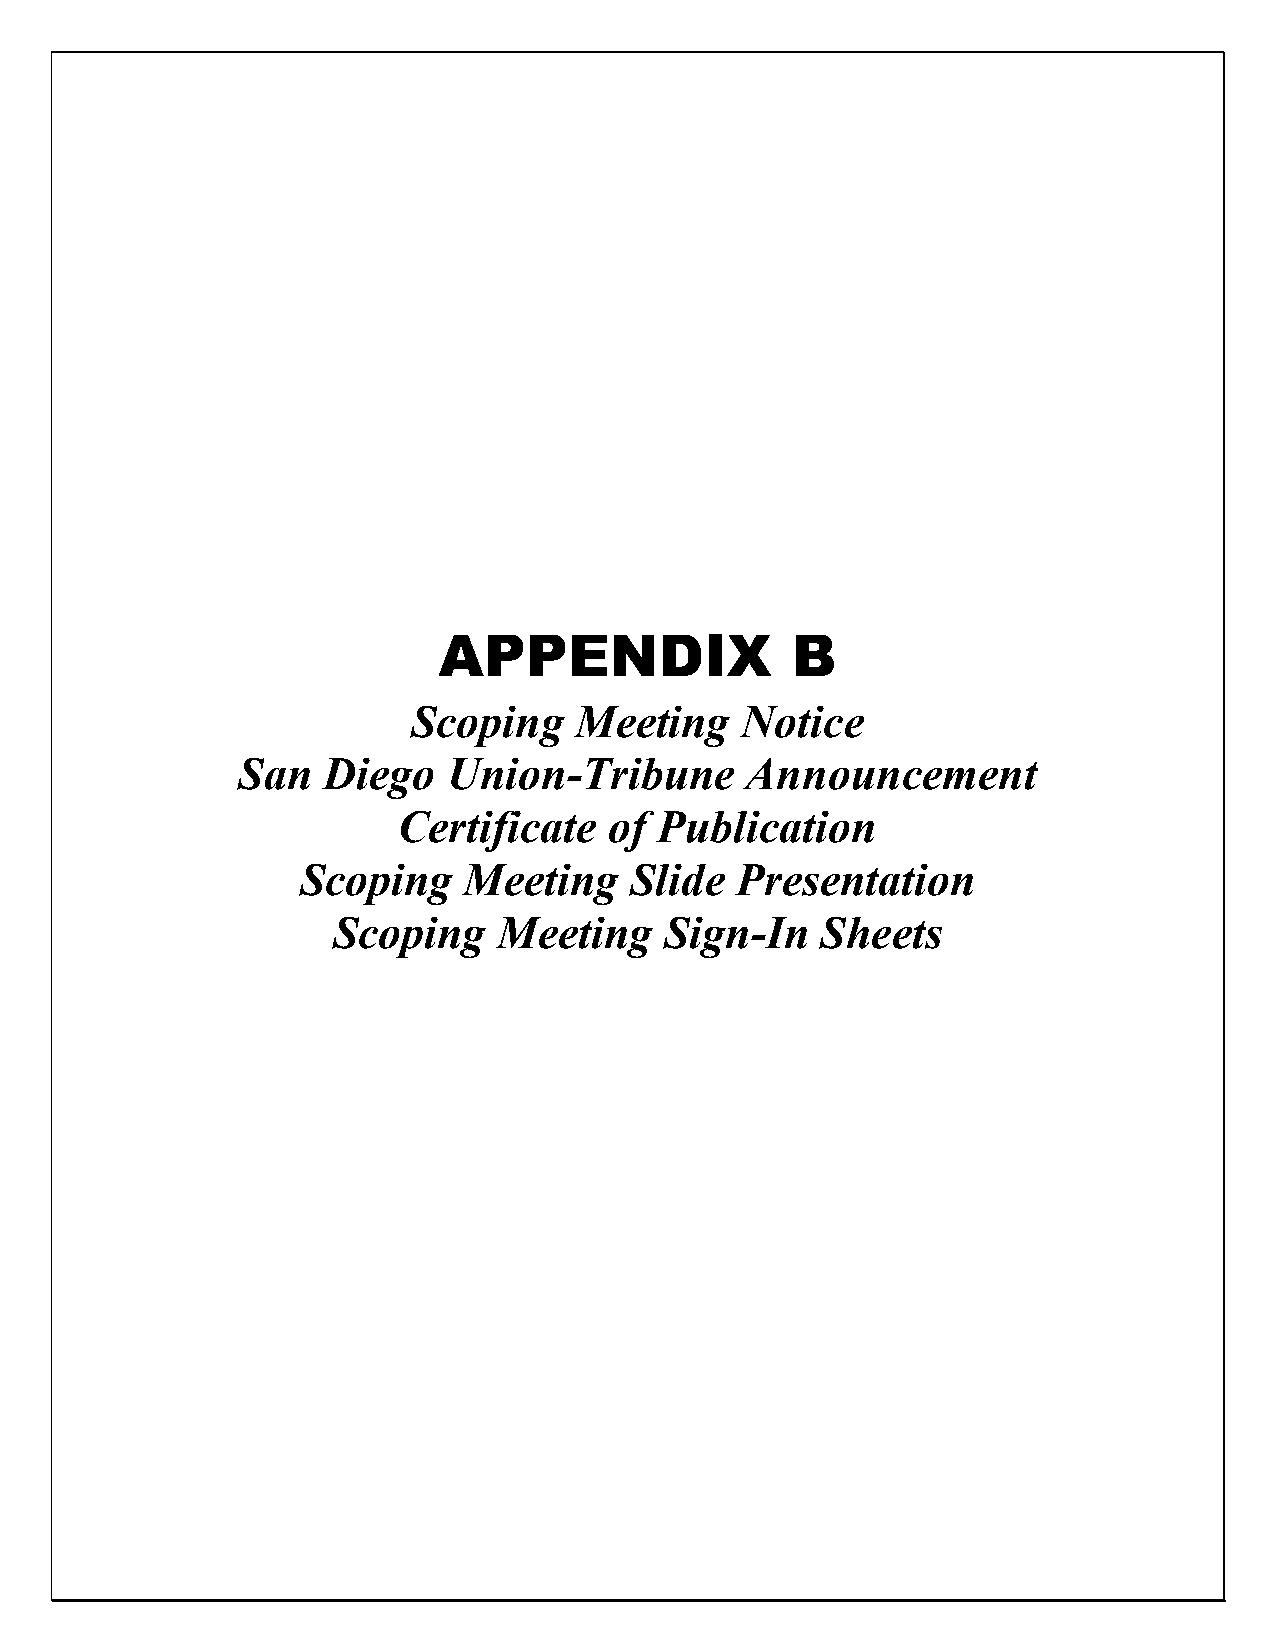
APPENDIX               B
 Scoping    Meeting    Notice
 San  Diego    Union-Tribune      Announcement
 Certificate   of  Publication
 Scoping    Meeting    Slide  Presentation
 Scoping    Meeting    Sign-In   Sheets